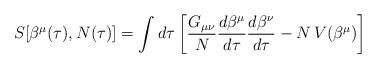
LaTeX: \begin{align*}S[\beta^\mu(\tau), N(\tau)] = \int d\tau \left[\frac{G_{\mu \nu}}{N} \frac{d \beta^\mu}{d \tau} \frac{d \beta^\nu}{d \tau}- N \, V(\beta^\mu) \right]\end{align*}